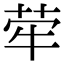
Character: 荦